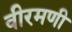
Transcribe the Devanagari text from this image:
वीरमणी